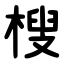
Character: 㮴